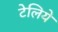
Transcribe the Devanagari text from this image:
टेलिये